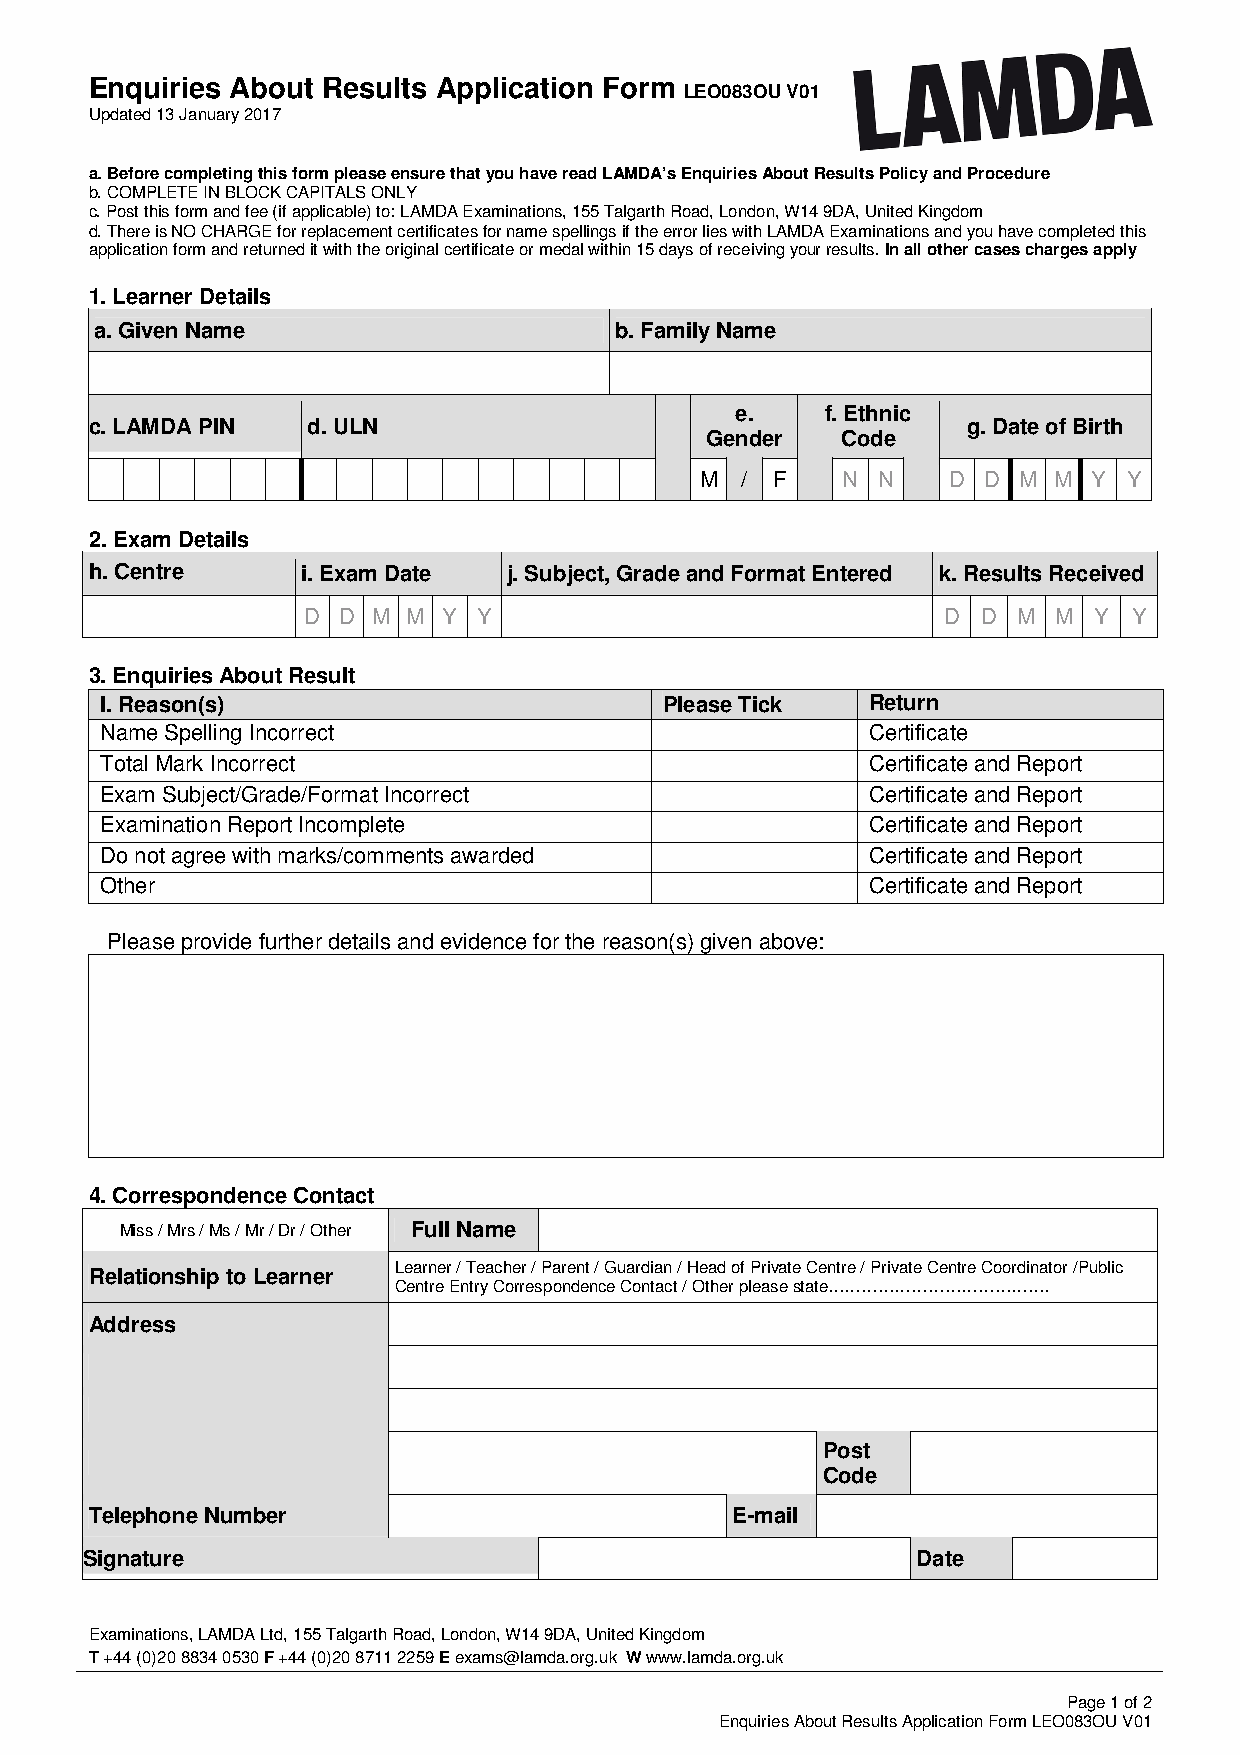
Enquiries About Results Application Form
 LEO083OU V01
 Updated 13 January 2017
 a. Before completing this form please ensure that you have read LAMDA’s Enquiries About Results Policy and Procedure
 b. COMPLETE IN BLOCK CAPITALS ONLY
 c. Post this form and fee (if applicable) to: LAMDA Examinations, 155 Talgarth Road, London, W14 9DA, United Kingdom
 d. There is NO CHARGE for replacement certificates for name spellings if the error lies with LAMDA Examinations and you have completed this
 application form and returned it with the original certificate or medal within 15 days of receiving your results. In all other cases charges apply
 1. Learner Details
 a. Given Name                      b. Family Name
 e.    f. Ethnic
 c. LAMDA PIN  d. ULN                                      g. Date of Birth
 Gender   Code
 M  / F    N N    D D M  M Y  Y
 2. Exam Details
 h. Centre     i. Exam Date  j. Subject, Grade and Format Entered k. Results Received
 D D  M M Y  Y                             D  D M  M Y  Y
 3. Enquiries About Result
 l. Reason(s)                         Please Tick   Return
 Name Spelling Incorrect                            Certificate
 Total Mark Incorrect                               Certificate and Report
 Exam Subject/Grade/Format Incorrect                Certificate and Report
 Examination Report Incomplete                      Certificate and Report
 Do not agree with marks/comments awarded           Certificate and Report
 Other                                              Certificate and Report
 Please provide further details and evidence for the reason(s) given above:
 4. Correspondence Contact
 Miss / Mrs / Ms / Mr / Dr / Other Full Name
 Learner / Teacher / Parent / Guardian / Head of Private Centre / Private Centre Coordinator /Public
 Relationship to Learner
 Centre Entry Correspondence Contact / Other please state………………………………….
 Address
 Post
 Code
 Telephone Number                          E-mail
 Signature                                              Date
 Examinations, LAMDA Ltd, 155 Talgarth Road, London, W14 9DA, United Kingdom
 T +44 (0)20 8834 0530 F +44 (0)20 8711 2259 E exams@lamda.org.uk W www.lamda.org.uk
 Page 1 of 2
 Enquiries About Results Application Form LEO083OU V01